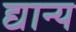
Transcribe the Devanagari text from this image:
द्यान्य